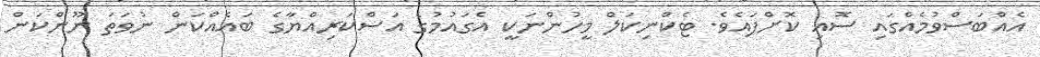
އެއްބަސްވުމެއްގައި ސޮއި ކޮށްފައެވެ. ޓެކްނިކަލް މީހުންނަކީ އެގައުމުގެ އަސްކަރިއްޔާގެ ބައެއްކަން ނުވަތަ ނޫންކަން